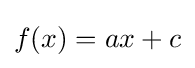
f(x)=ax+c